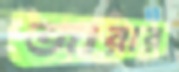
জারার